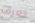
تعرف